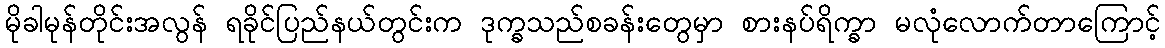
မိုခါမုန်တိုင်းအလွန် ရခိုင်ပြည်နယ်တွင်းက ဒုက္ခသည်စခန်းတွေမှာ စားနပ်ရိက္ခာ မလုံလောက်တာကြောင့်